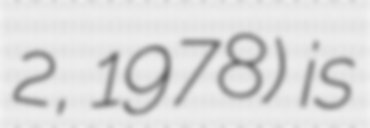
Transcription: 2, 1978) is